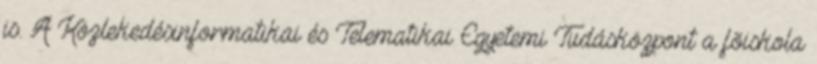
is. A Közlekedésinformatikai és Telematikai Egyetemi Tudásközpont a fõiskola